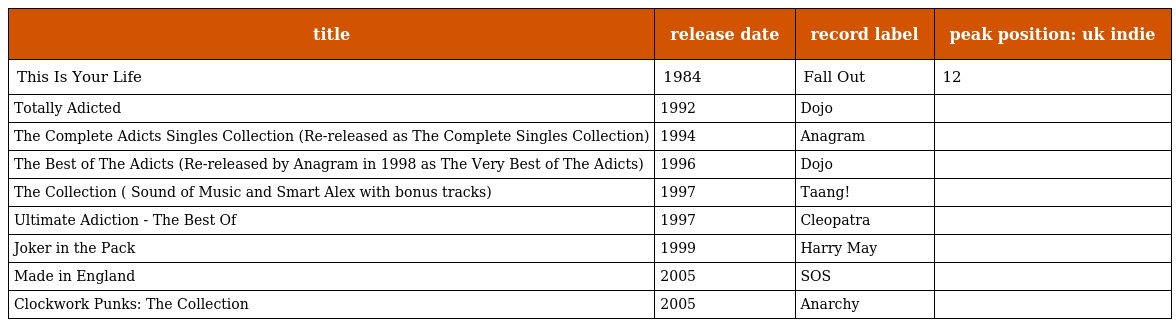
| title | release date | record label | peak position: uk indie |
 | --- | --- | --- | --- |
 | This Is Your Life | 1984 | Fall Out | 12 |
 | Totally Adicted | 1992 | Dojo |  |
 | The Complete Adicts Singles Collection (Re-released as The Complete Singles Collection) | 1994 | Anagram |  |
 | The Best of The Adicts (Re-released by Anagram in 1998 as The Very Best of The Adicts) | 1996 | Dojo |  |
 | The Collection ( Sound of Music and Smart Alex with bonus tracks) | 1997 | Taang! |  |
 | Ultimate Adiction - The Best Of | 1997 | Cleopatra |  |
 | Joker in the Pack | 1999 | Harry May |  |
 | Made in England | 2005 | SOS |  |
 | Clockwork Punks: The Collection | 2005 | Anarchy |  |